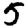
Digit: 5